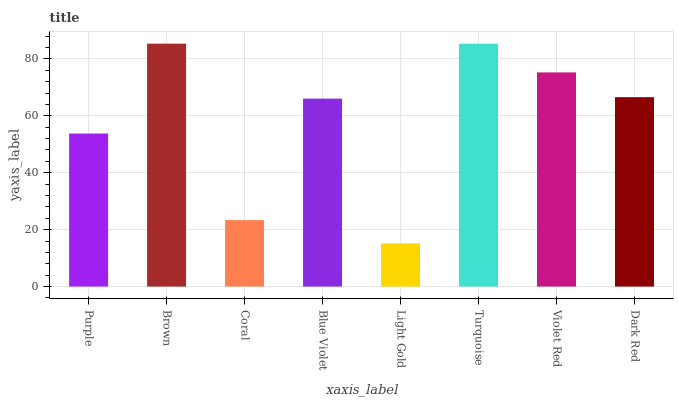
| xaxis_label | bars |
 | --- | --- |
 | Purple | 53.8 |
 | Brown | 85.4 |
 | Coral | 23.4 |
 | Blue Violet | 66 |
 | Light Gold | 15.2 |
 | Turquoise | 85.3 |
 | Violet Red | 75.2 |
 | Dark Red | 66.5 |